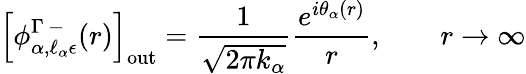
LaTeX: \left[\phi_{\alpha,\ell_{\alpha}\epsilon}^{\Gamma\, -}(r)\right]_{\mathrm{out}}=\frac{1}{\sqrt{2\pi k_{\alpha}}}\frac{e^{i\theta_{\alpha}(r)}}{r},\qquad r\to\infty